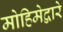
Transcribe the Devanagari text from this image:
मोहिमेद्वारे